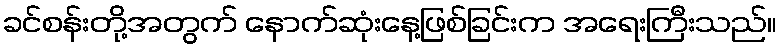
ခင်စန်းတို့အတွက် နောက်ဆုံးနေ့ဖြစ်ခြင်းက အရေးကြီးသည်။